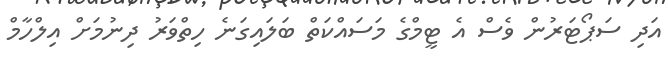
އަދި ސަޕޯޓަރުން ވެސް އެ ޓީމްގެ މަސައްކަތް ބަލައިގަނެ ހިތްވަރު ދިނުމަށް އިލްހާމް